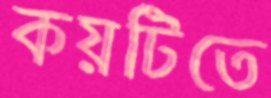
কয়টিতে